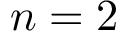
n = 2